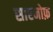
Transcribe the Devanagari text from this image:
सारनोफ़